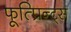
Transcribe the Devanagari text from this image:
फूत्प्रिन्ट्स